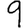
Digit: 9